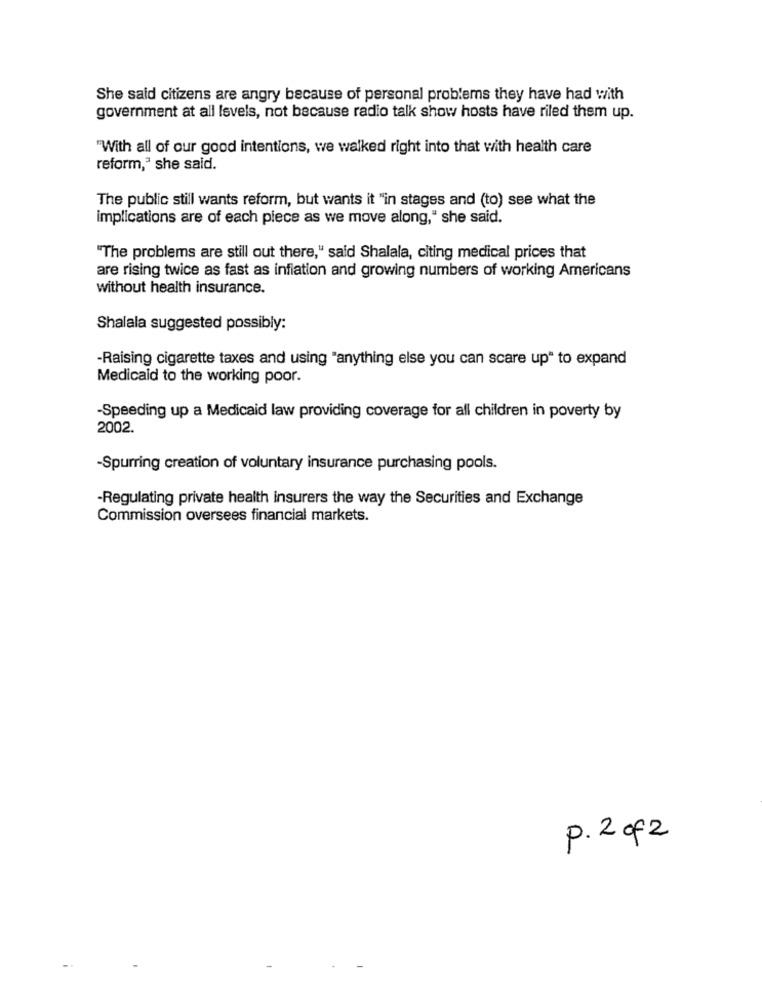
She said citizens are angry because of personal problems they have had with
government at all Isvels, not because radio talk show hosts have riled them up.
"With all of our good intentions, we walked right into that with health care
reform," she said.
The public still wants reform, but wants it "in stages and (to) see what the
implications are of each piece as we move along," she said.
"The problems are still out there," said Shalala, citing medical prices that
are rising twice as fast as infiation and growing numbers of working Americans
without health insurance.
Shalala suggested possibly:
-Raising cigarette taxes and using "anything else you can scare up" to expand
Medicaid to the working poor.
-Speeding up a Medicaid law providing coverage for all children in poverty by
2002.
-Spurring creation of voluntary insurance purchasing pools.
-Regulating private health insurers the way the Securities and Exchange
Commission oversees financial markets.
p. 2 of2